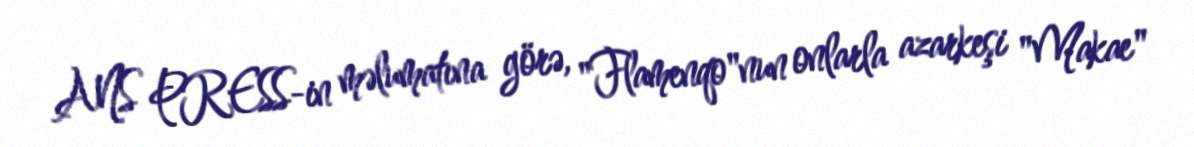
ANS PRESS-in məlumatına görə, "Flamenqo"nun onlarla azarkeşi "Makae"